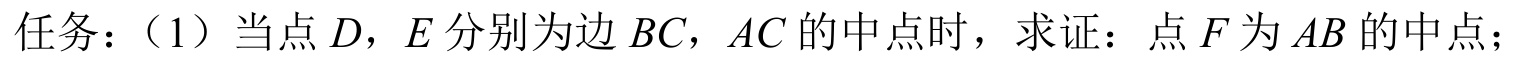
任务：（1）当点\(D\)，\(E\)分别为边\(BC\)，\(AC\)的中点时，求证：点\(F\)为\(AB\)的中点；